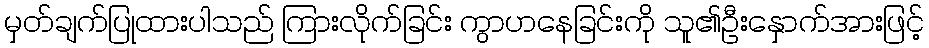
မှတ်ချက်ပြုထားပါသည် ကြားလိုက်ခြင်း ကွာဟနေခြင်းကို သူ၏ဦးနှောက်အားဖြင့်